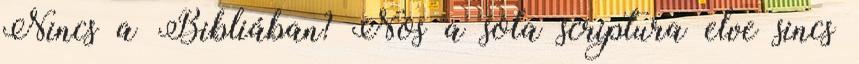
Nincs a Bibliában? Nos a sola scriptura elve sincs